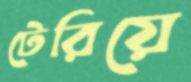
টেরিয়ে